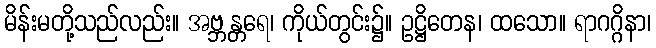
မိန်းမတို့သည်လည်း။ အဗ္ဘန္တရေ၊ ကိုယ်တွင်း၌။ ဥဋ္ဌိတေန၊ ထသော။ ရာဂဂ္ဂိနာ၊